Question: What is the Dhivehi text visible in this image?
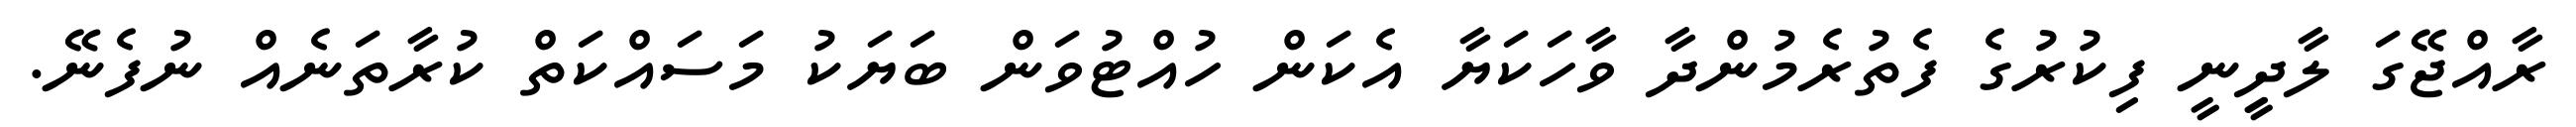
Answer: ރާއްޖޭގަ ލާދިީނީ ފިކުރުގެ ފެތުރެމުންދާ ވާހަކަޔާ އެކަން ހުއްޓުވަން ބަޔަކު މަސައްކަތް ކުރާތަނެއް ނުފެނޭ.